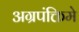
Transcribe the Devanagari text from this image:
अग्रपंक्तिमे